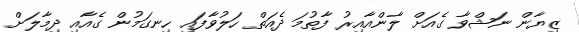
ޒިޔާން ނަޝްވާ ގެއަށް ލާންއާއިރު ފާތުމަ ދެއަތް ހަލުވާފައި ހިނގަމުން ގެއާއި ދިމާލަށް